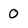
Character: 0